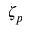
\zeta _ { p }